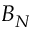
B _ { N }